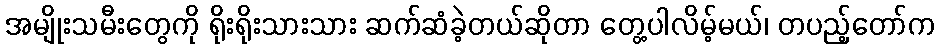
အမျိုးသမီးတွေကို ရိုးရိုးသားသား ဆက်ဆံခဲ့တယ်ဆိုတာ တွေ့ပါလိမ့်မယ်၊ တပည့်တော်က